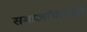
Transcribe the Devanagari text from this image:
समाजचिंतनही